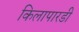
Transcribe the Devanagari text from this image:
किलापारडी